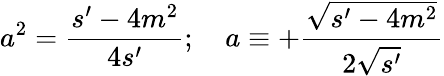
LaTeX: a^{2}=\frac{s^{\prime}-4m^{2}}{4s^{\prime}};\quad a\equiv+\frac{\sqrt{s^{\prime}-4m^{2}}}{2\sqrt{s^{\prime}}}